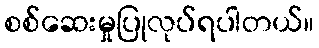
စစ်ဆေးမှုပြုလုပ်ရပါတယ်။